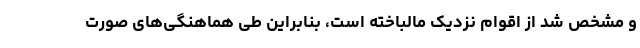
و مشخص شد از اقوام نزدیک مالباخته است، بنابراین طی هماهنگی‌های صورت